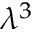
\lambda ^ { 3 }